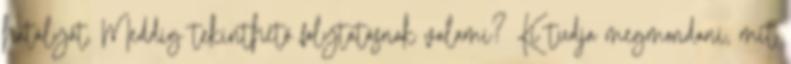
hatályát. Meddig tekinthető folytatásnak valami? Ki tudja megmondani, mit